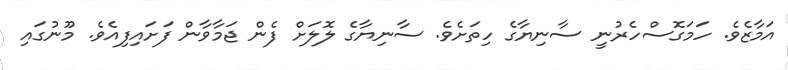
އަމާޒެވެ. ހަމަގޮސްހެރުނީ ސާނިޔާގެ ހިތަށެވެ. ސާނިޔާގެ ލޮލަށް ފެން ޖަމާވާން ފަށައިފިއެވެ. މޫނުގައި